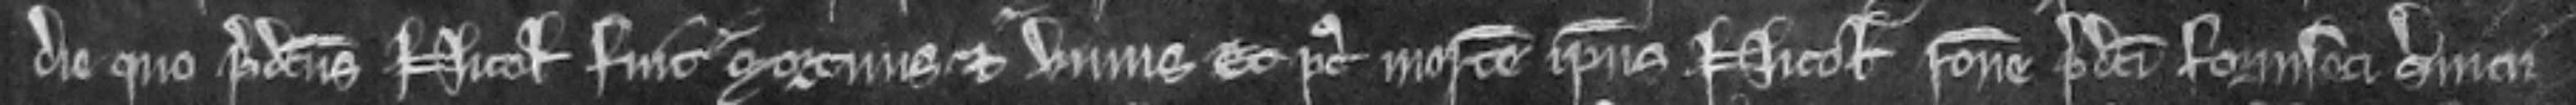
die quo predictus Nicolaus fuit mortuus et vivus et post mortem ipsius Nicolai racione predicti forinseci servicii